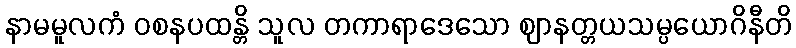
နာမမူလကံ ဝစနပထန္တိ သူလ တကာရာဒေသော ဈာနတ္တယသမ္ပယောဂိနီတိ